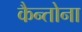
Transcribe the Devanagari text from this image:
कैन्तोना